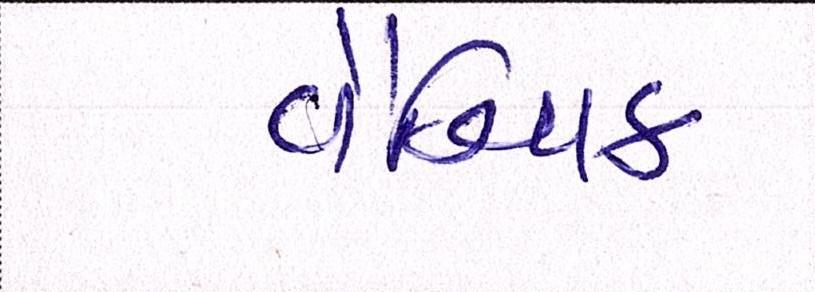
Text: વૈશ્વિક